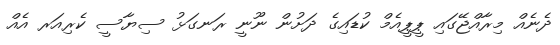
ދެނެއް މިރާއްޖޭގައި ޕީޕީއެމް ކުޑައިގެ ދަށުން ނޫނީ ރަނގަޅު ސިޔާސީ ކެރިއަރ އެއް